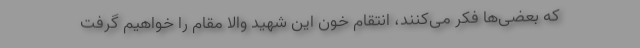
که بعضی‌ها فکر می‌کنند، انتقام خون این ‌شهید والا مقام را خواهیم گرفت